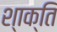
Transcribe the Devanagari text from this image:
श्‍ाक्‍ित